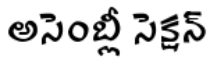
అసెంబ్లీ సెక్షన్